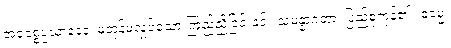
အဝေစ္စပ္ပသာဒေန၊ မတုန်မလှုပ်သော ကြည်ညိုခြင်းနှင့်။ သမန္နာဂတာ၊ ပြည့်စုံကုန်၏။ ဓမ္မေ၊